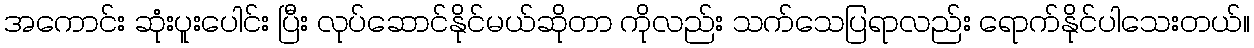
အကောင်း ဆုံးပူးပေါင်း ပြီး လုပ်ဆောင်နိုင်မယ်ဆိုတာ ကိုလည်း သက်သေပြရာလည်း ရောက်နိုင်ပါသေးတယ်။